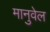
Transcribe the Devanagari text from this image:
मानुवेल